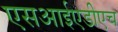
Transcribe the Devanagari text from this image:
एसआईएडीएच